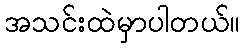
အသင်းထဲမှာပါတယ်။